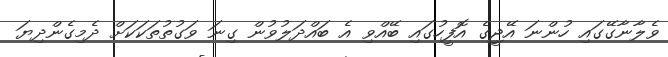
ވެލާނާގޭގައި ހުންނަ އޭޖީގެ އޮފީހުގައި ބޭއްވި އެ ބައްދަލުވުން ގިނަ ވަގުތުތަކަކަށް ދެމިގެންދިޔަ